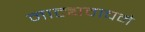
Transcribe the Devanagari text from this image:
नाट्यवाचने